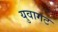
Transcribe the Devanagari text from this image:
युवागट